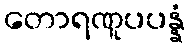
တောရဏူပပန္နံ